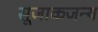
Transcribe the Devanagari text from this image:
सूजाकजन्य